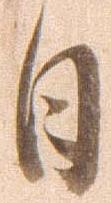
日